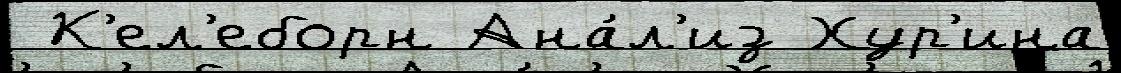
 К'ел'еборн Ана́л'из Хур'ина